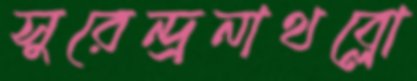
সুরেন্দ্রনাথব্লো